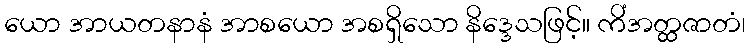
ယော အာယတနာနံ အာစယော အစရှိသော နိဒ္ဒေသဖြင့်။ ကိံအတ္ထဇာတံ၊